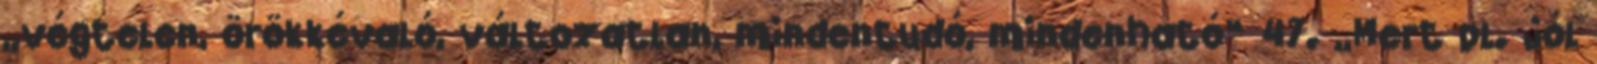
„végtelen, örökkévaló, változatlan, mindentudó, mindenható” 47. „Mert pl. jól